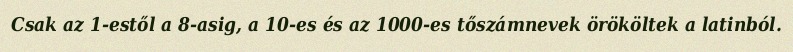
Csak az 1-estől a 8-asig, a 10-es és az 1000-es tőszámnevek örököltek a latinból.